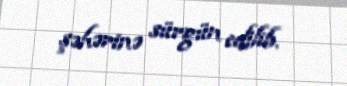
şəhərinə sürgün edilib.